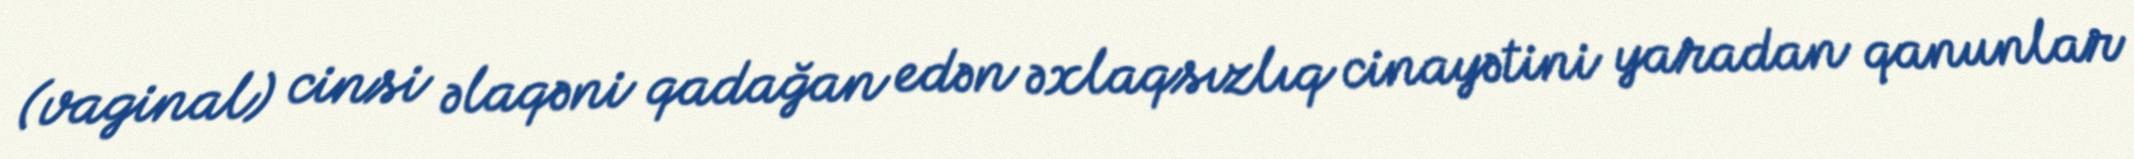
(vaginal) cinsi əlaqəni qadağan edən əxlaqsızlıq cinayətini yaradan qanunlar